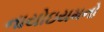
નાયોઇયમનો